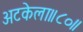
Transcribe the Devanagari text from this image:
अटकेला॥८०॥